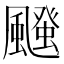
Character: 𮨱